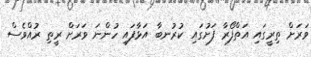
ވަރަށް ތިރީގައި އަތްފޯރާ ފަށުގައި ކުރުނބާ އަޅާފައި ހުންނަ ވަރަށް ރީތި ރުއްވެސް